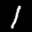
Label: 1